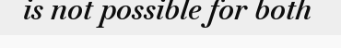
is not possible for both